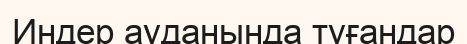
Индер ауданында туғандар